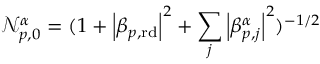
\mathcal { N } _ { p , 0 } ^ { \alpha } = ( 1 + \left| \beta _ { p , \mathrm { r d } } \right| ^ { 2 } + \sum _ { j } \left| \beta _ { p , j } ^ { \alpha } \right| ^ { 2 } ) ^ { - 1 / 2 }